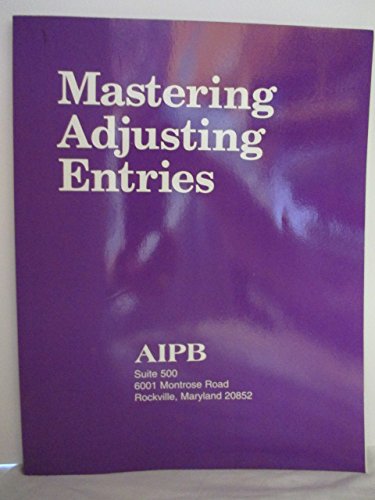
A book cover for Mastering Adjusting Entries (Professional Bookkeeping Certification); Bulmash; Business & Money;